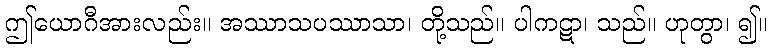
ဤယောဂီအားလည်း။ အဿာသပဿာသာ၊ တို့သည်။ ပါကဋာ၊ သည်။ ဟုတွာ၊ ၍။